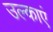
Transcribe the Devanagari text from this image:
उल्काएं